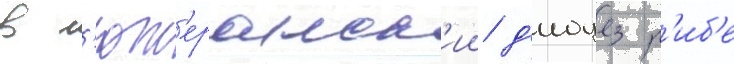
в л'ют'еранск'ии д'иоцез р'иб'е